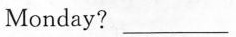
Monday? ___